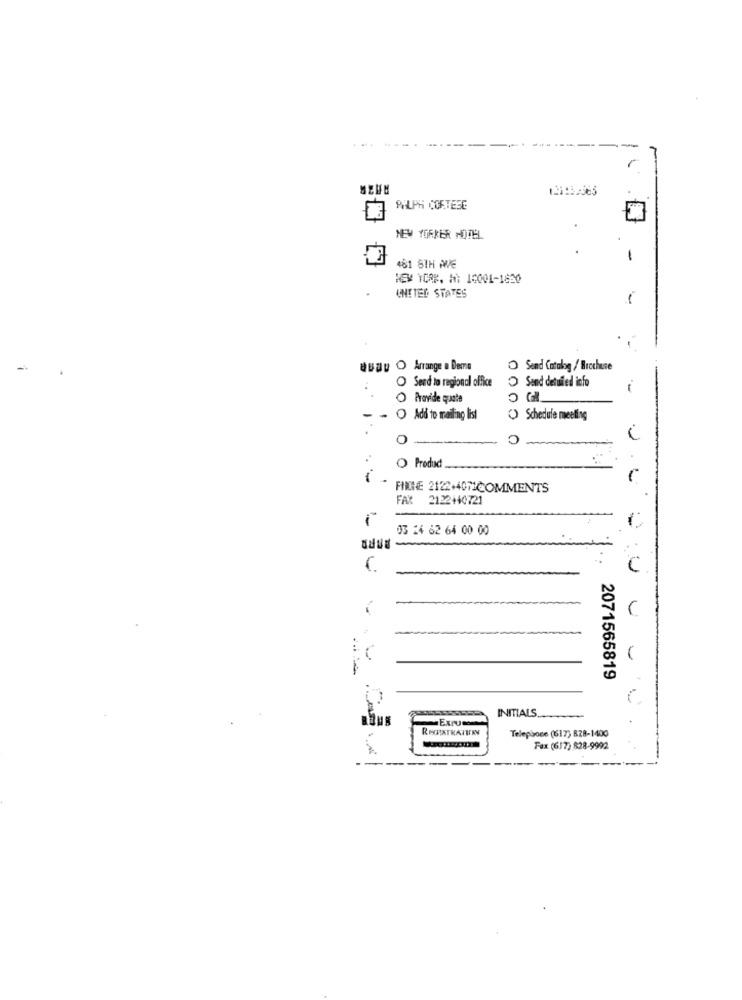
RALPH CORTESE
NEW YORKER HOTEL
-
481 8TH AVE
NEW YORK. h: 10001-1650
UNITED STATES
-
Quay O Arrange a Demo
O Send Catalog / Brochure
O Send to regional office
Sand detailed info
Provide quote
O Add to mailing list
Schedule meeting
C
O
O Produd
FINNE 2122+4071COMMENTS
FAX 2122+40721
03 24 62 64 00 00
.......
2071565819
INITIALS
Exrum
Telephone (617) 828-1400
Fax (617) 828-9992